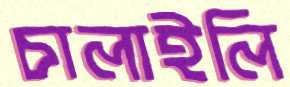
চালাইলি